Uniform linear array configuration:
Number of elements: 8
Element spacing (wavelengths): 0.5
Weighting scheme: blackman
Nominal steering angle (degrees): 15
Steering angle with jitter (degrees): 16.448
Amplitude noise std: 0.05
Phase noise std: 0.05

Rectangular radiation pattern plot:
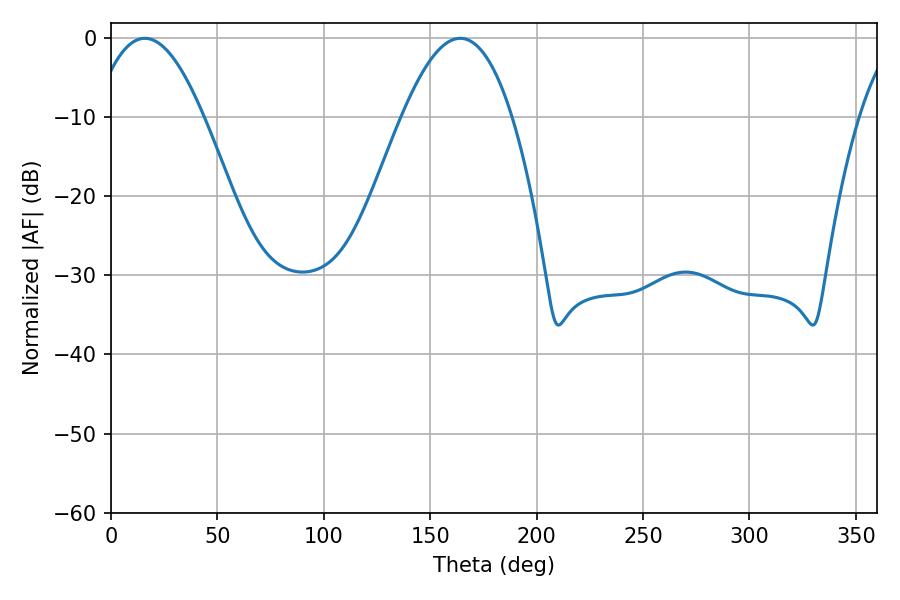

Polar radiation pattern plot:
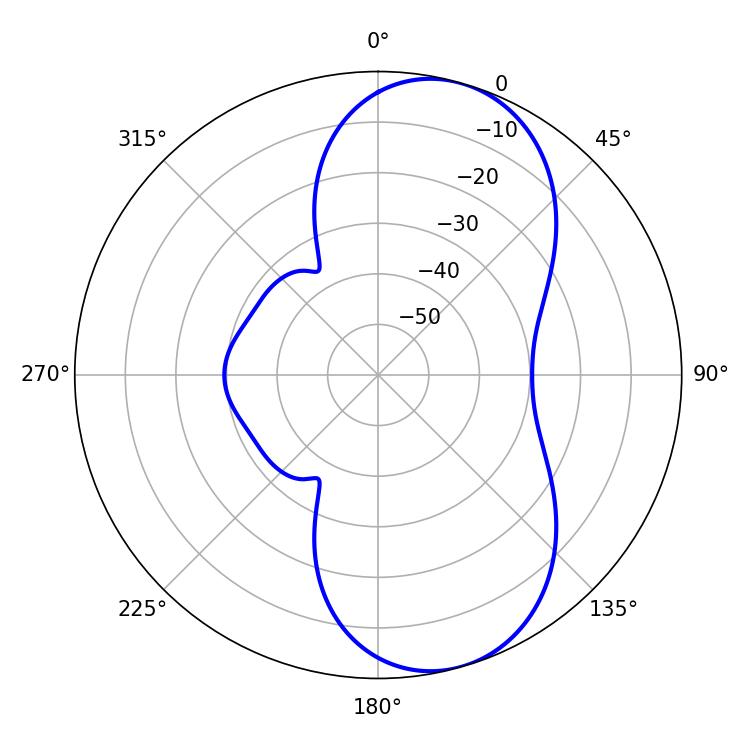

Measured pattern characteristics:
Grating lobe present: FALSE
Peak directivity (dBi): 8.156
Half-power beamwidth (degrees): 28.26
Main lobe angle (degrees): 15.84